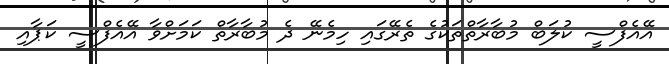
އޭއެފްސީ ކުލަބް މުބާރާތްތަކުގެ ތެރޭގައި ހިމެނޭ ދެ މުބާރާތް ކަމަށްވާ އޭއެފްސީ ކަޕާއި